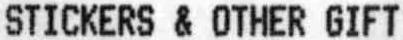
STICKERS & OTHER GIFT